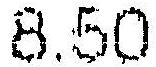
8.50